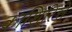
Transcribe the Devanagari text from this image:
काशिरित्ते